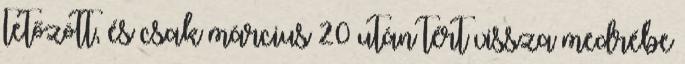
tetőzött, és csak március 20 után tért vissza medrébe